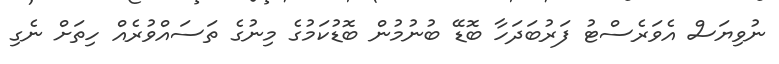
ނުވިޔަސް އެވަރެސްޓު ފަރުބަދަހާ ބޮޑޭ ބުނުމުން ބޮޑުކަމުގެ މިނުގެ ތަސައްވުރެއް ހިތަށް ނެގި